Medical and sanitary report on the native army of Bombay for the year
Year: 1877
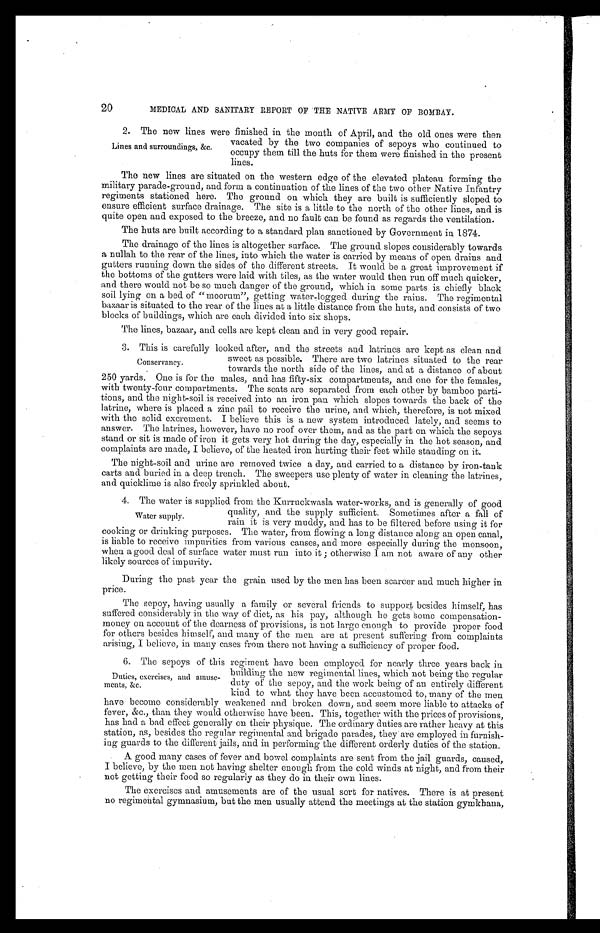
20
MEDICAL AND SANITARY REPORT OF THE NATIVE ARMY OF BOMBAY.
2 . T h e n e w l i n e s w e r e f i n i s h e d i n t h e m o n t h o f A p r i l , a n d t h e o l d o n e s w e r e t h e n
vacated by the two companies of sepoys who continued to
occupy them till the huts for them were finished in the present
lines.
The new lines are situated on the western edge of the elevated plateau forming the
military parade-ground, and form a continuation of the lines of the two other Native Infantry
regiments stationed here. The ground on which they are built is sufficiently sloped to
ensure efficient surface drainage. The site is a little to the north of the other lines, and is
quite open and exposed to the breeze, and no fault can be found as regards the ventilation.
The huts are built according to a standard plan sanctioned by Government in 1874.
The drainage of the lines is altogether surface. The ground slopes considerably towards
a nullah to the rear of the lines, into which the water is carried by means of open drains and
gutters running down the sides of the different streets. It would be a great improvement if
the bottoms of the gutters were laid with tiles, as the water would then run off much quicker,
and there would not be so much danger of the ground, which in some parts is chiefly black
soil lying on a bed of "moorum", getting water-logged during the rains. The regimental
bazaar is situated to the rear of the lines at a little distance from the huts, and consists of two
blocks of buildings, which are each divided into six shops.
The lines, bazaar, and cells are kept clean and in very good repair.
3. This is carefully looked after, and the streets and latrines are kept as clean and
sweet as possible. There are two latrines situated to the rear
towards the north side of the lines, and at a distance of about
250 yards. One is for the males, and has fifty-six compartments, and one for the females,
with twenty-four compartments. The seats are separated from each other by bamboo parti
-
tions, and the night-soil is received into an iron pan which slopes towards the back of the
latrine, where is placed a zinc pail to receive the urine, and which, therefore, is not mixed
with the solid excrement. I believe this is a new system introduced lately, and seems to
answer. The latrines, however, have no roof over them, and as the part on which the sepoys
stand or sit is made of iron it gets very hot during the day, especially in the hot season, and
complaints are made, I believe, of the heated iron hurting their feet while standing on it.
The night-soil and urine are removed twice a day, and carried to a distance by iron-tank
carts and buried in a deep trench. The sweepers use plenty of water in cleaning the latrines,
and quicklime is also freely sprinkled about.
4. The water is supplied from the Kurruckwasla water-works, and is generally of good
quality, and the supply sufficient. Sometimes after a fall of
rain it is very muddy, and has to be filtered before using it for
cooking or drinking purposes. The water, from flowing a long distance along an open canal,
is liable to receive impurities from various causes, and more especially during the monsoon,
when a good deal of surface water must run into it ; otherwise I am not aware of any other
likely sources of impurity.
During the past year the grain used by the men has been scarcer and much higher in
price.
The sepoy, having usually a family or several friends to support besides himself, has
suffered considerably in the way of diet, as his pay, although he gets some compensation
-
money on account of the dearness of provisions, is not largo enough to provide proper food
for others besides himself, and many of the men are at present suffering from complaints
arising. I believe, in many cases from there not having a sufficiency of proper food.
6. The sepoys of this regiment have been employed for nearly three years back in
building the new regimental lines, which not being the regular
duty of the sepoy, and the work being of an entirely different
kind to what they have been accustomed to, many of the men
have become considerably weakened and broken down, and seem more liable to attacks of
fever, &c., than they would otherwise have been. This, together with the prices of provisions,
has had a bad effect generally on their physique. The ordinary duties are rather heavy at this
station, as, besides the regular regimental and brigade parades, they are employed in furnish -
ing guards to the different jails, and in performing the different orderly duties of the station.
A good many cases of fever and bowel complaints are sent from the jail guards, caused,
I believe, by the men not having shelter enough from the cold winds at night, and from their
not getting their food so regularly as they do in their own lines.
The exercises and amusements are of the usual sort for natives. There is at present
no regimental gymnasium, but the men usually attend the meetings at the station gymkhana,
Lines and surroundings, &c.
Conservancy.
Water supply.
Duties, exercises, and amuse
-
ments, &c.